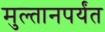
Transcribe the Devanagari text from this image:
मुल्तानपर्यंत